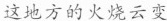
这地方的火烧云变